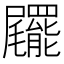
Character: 𡳹